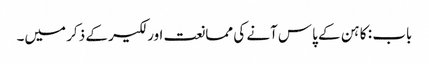
باب : کاہن کے پاس آنے کی ممانعت اور لکیر کے ذکر میں۔